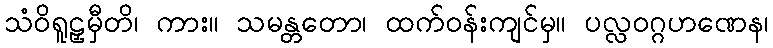
သံဝိရူဠှမှီတိ၊ ကား။ သမန္တတော၊ ထက်ဝန်းကျင်မှ။ ပလ္လဝဂ္ဂဟဏေန၊